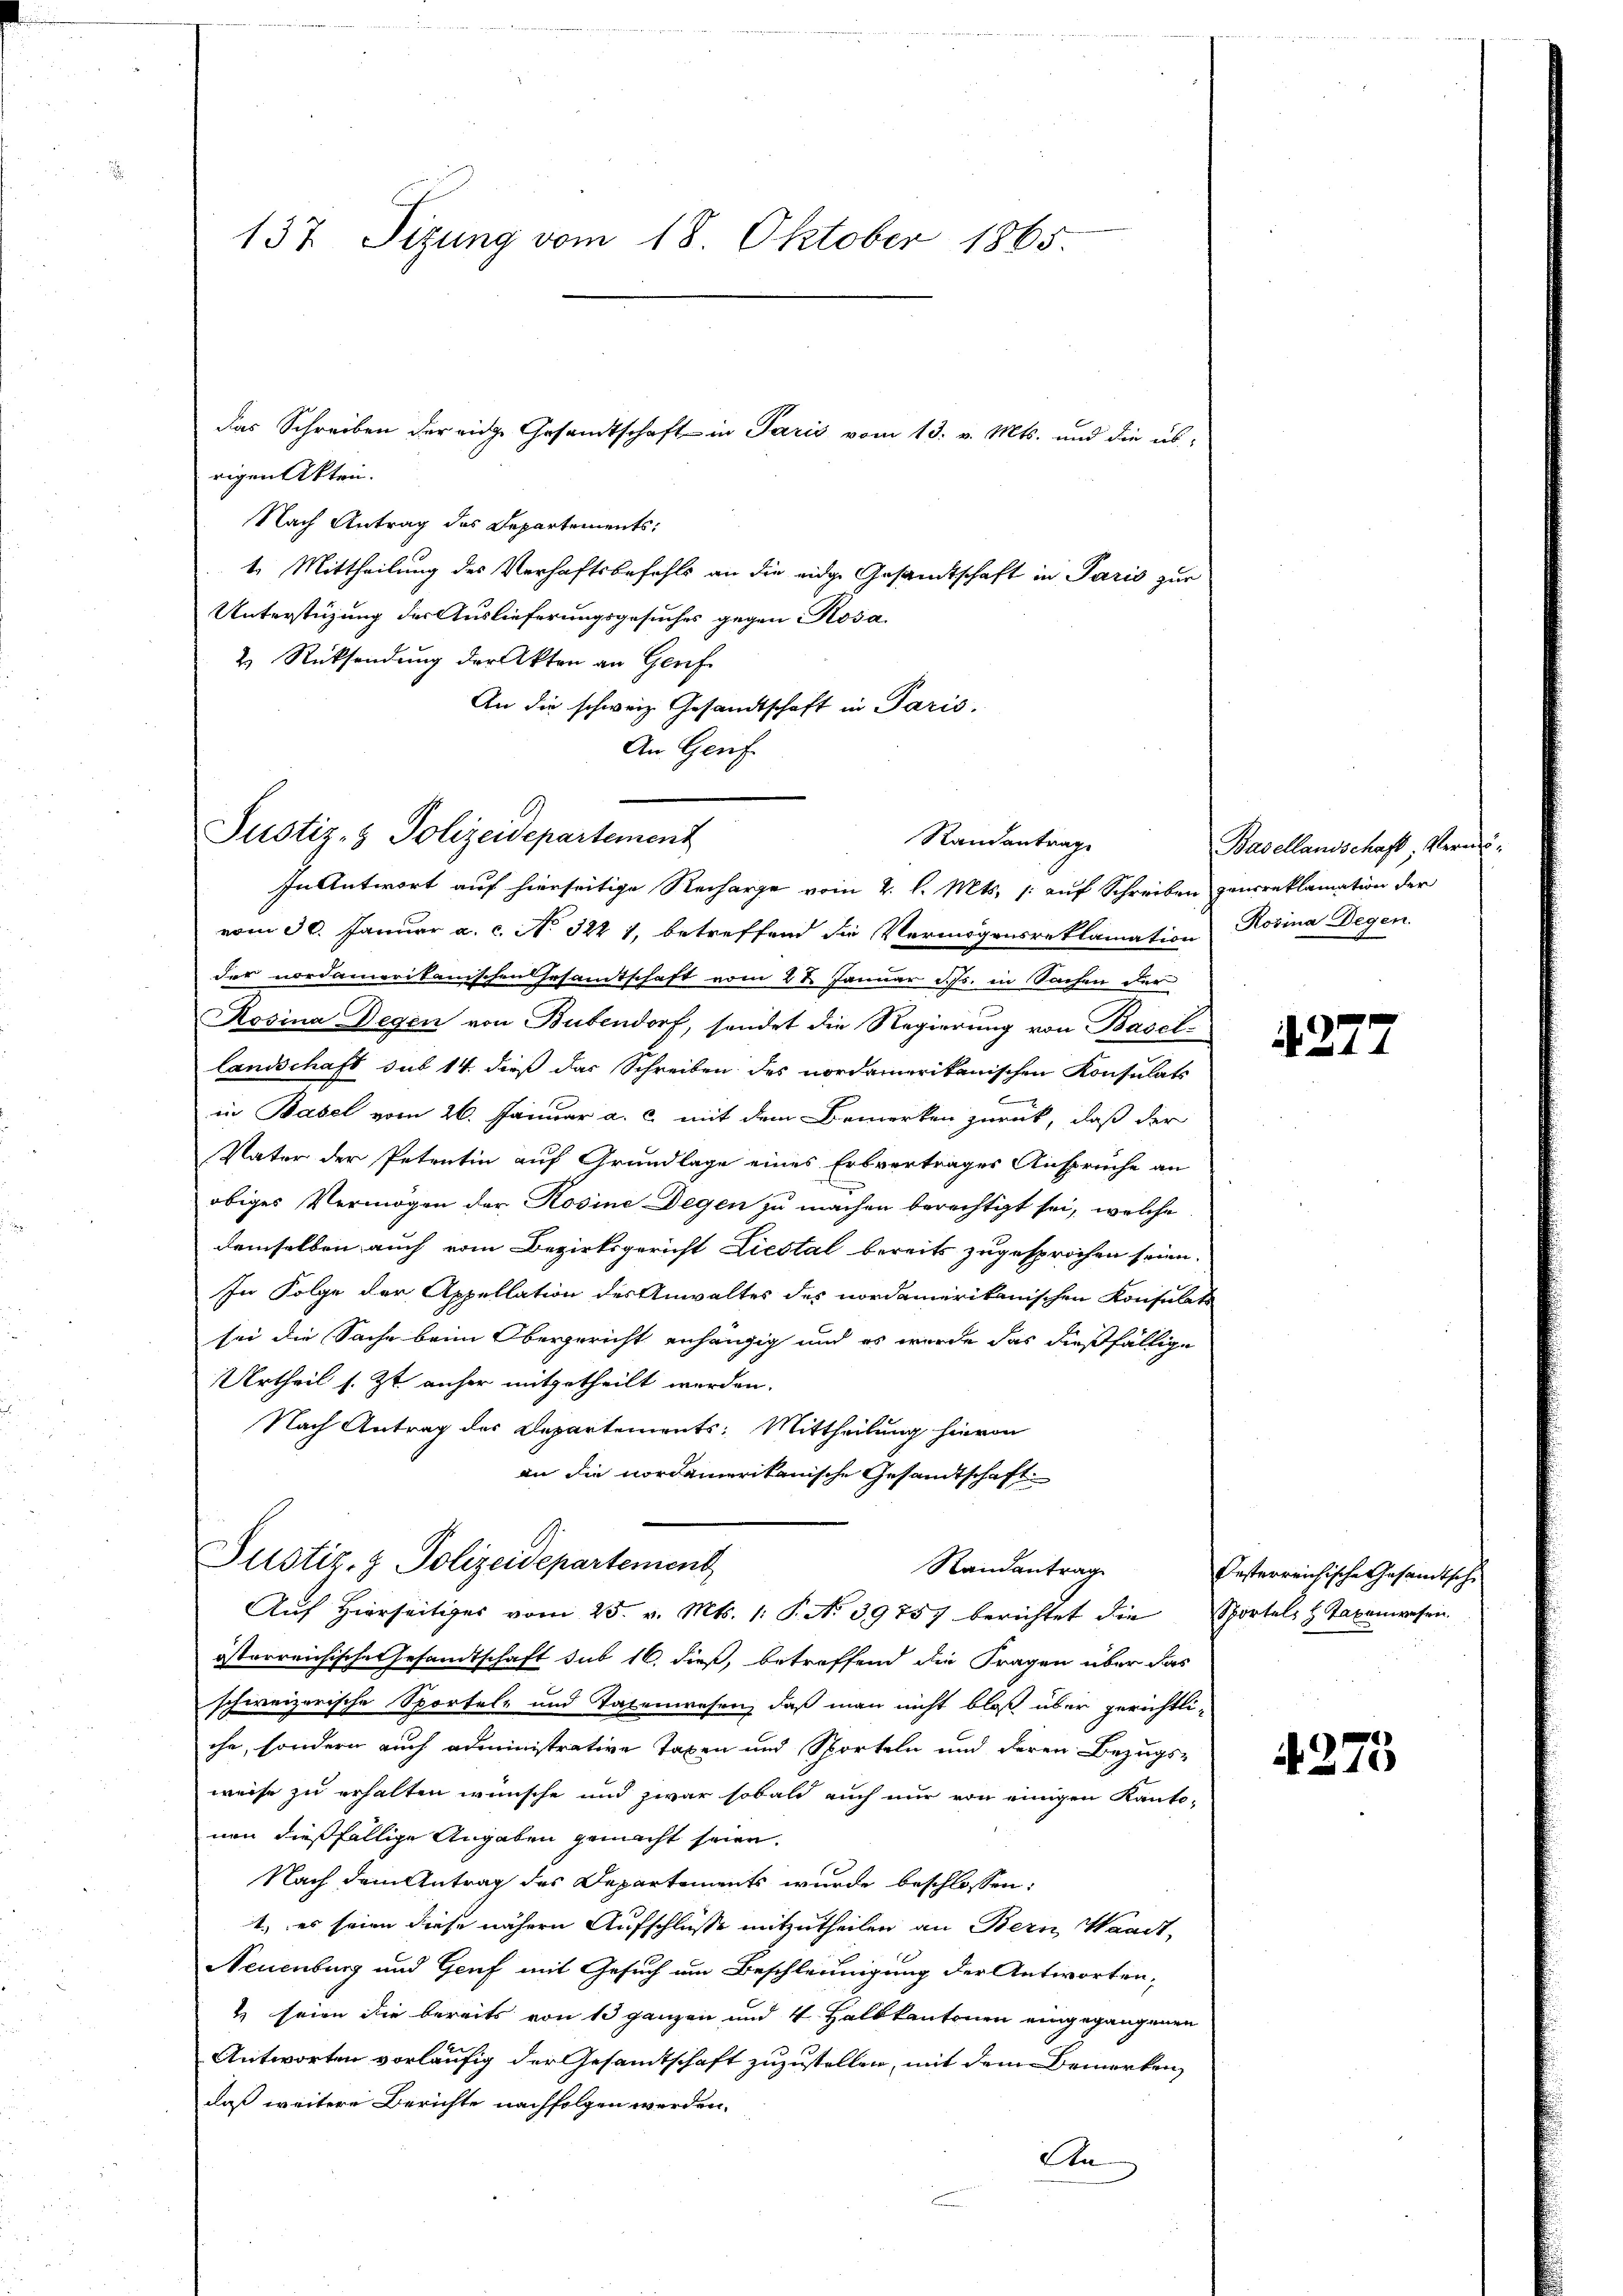
137. Sizung vom 18. Oktober 1865.

rigen Akten.
Nach Antrag des Departements:
1. Mittheilung des Verhaftsbefehls an die eidge Gesandtschaft in Paris zur
Unterstüzung der Auslieferungsgesuches gegen Rosa
2 Rücksendung der Akten an Gerif
An die schweiz. Gesandtschaft in Paris.
An Genf
Justiz- & Polizeidepartement

das Schreiben der eige Gesandtschaft in Paris vom 13. v. Mts. und die üb¬

Randantrage

In Antwort auf hierseitige Recharge vom 2. l. Mts. /: auf Schreiben pencreklamation der
vom 30. Januar a. c. No 322 1, betreffend die Vermögensreklamation Rosina Degen
der nordamerikanischen Gesamtschaft vom 21. Januar d. Js. in Sachen der
Rosina Degen von Bubendorf, sendet die Regierung von Basellandschaft das 14. dieß das Schreiben des nordamerikanischen Konsulats
2
in Basel vom 26. Januar a. c. mit dem Bemerken zurück, daß der
Vater der Petentin auf Grundlage eines Erbvertrages Ansprüche an
obiges Vermögen der Rosine Degen zu machen berechtigt sei, welche
demselben auch vom Bezirksgericht Liestal bereits zugesprochen seien.
In Folge der Appellation des Anwaltes des nordamerikanischen Konsulate
sei die Sache beim Obergericht anhängig und es wurde das dießfällige
Urtheil s. Zt. anher mitgetheilt werden.
Nach Antrag des Departements: Mittheilung hievon
an die nordamerikanische Gesandtschaft

Justiz- & Polizeidepartement
Randantrag
Aŭf Hierseitiges vom 25. v. Mts. 1. P. N. 39757 berichtet die Sportels h Taxenwesen.

österreichische Gesandtschaft sub 16. dieß, betreffend die Fragen über das
schweizerische Sportel- und Tatenwesen, daß man nicht bloß über gerichtli-
che, sondern auch administrative Taxen und Sporteln und deren Bezugs-
weise zu erhalten wünsche und zwar sobald auch nur von einigen Kanto-
nen dießfällige Angaben gemacht seien.
Nach dem Antrag des Departements wurde beschlossen:
1. es seien diese nähern Aufschlüsse mitzutheilen an Bern Waadt,
Neuenburg und Genf mit Gesuch um Beschleunigung der Antworten,
& seien die bereits von 13 ganzen und 4. Halbkantonen eingegangenen
Antworten vorläufig der Gesamtschaft zuzustellen, mit dem Bemerken,
daß weitere Berichte nachfolgen werden.
An

Basellandschaft, Verm

4277

Festerreichische Gesamtsche

4273